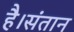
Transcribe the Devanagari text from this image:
है।संतान